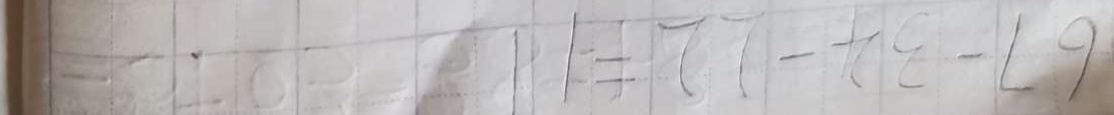
6 7 - 3 4 - 2 2 = 1 1